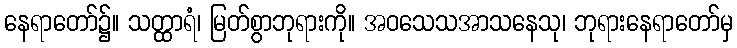
နေရာတော်၌။ သတ္ထာရံ၊ မြတ်စွာဘုရားကို။ အဝသေသအာသနေသု၊ ဘုရားနေရာတော်မှ